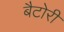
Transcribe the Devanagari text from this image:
बैटोरी